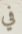
في